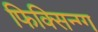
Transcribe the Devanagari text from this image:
फिक्सिन्ग्ग